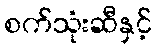
စက်သုံးဆီနှင့်